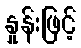
နှုန်းဖြင့်